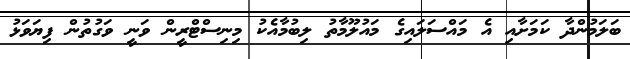
ބަލަމުންދާ ކަމަށާއި އެ މައްސަލައިގެ މައުލޫމާތު ލިބުމާއެކު މިނިސްޓްރީން ވަނީ ވަގުތުން ފިޔަވަޅު